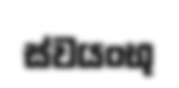
ස්වයංභු